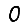
Digit: 0